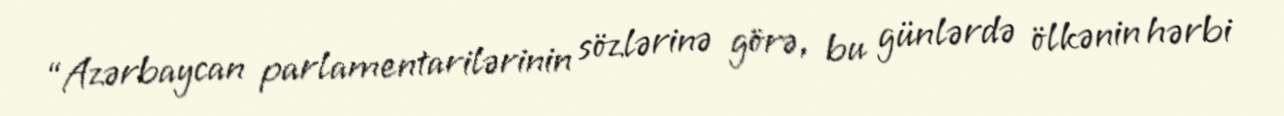
“Azərbaycan parlamentarilərinin sözlərinə görə, bu günlərdə ölkənin hərbi